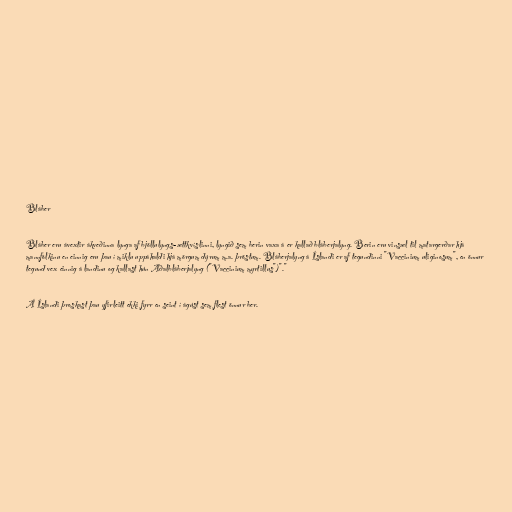
Bláber

Bláber eru ávextir ákveðinna lynga af bjöllulyngs-ættkvíslinni, lyngið sem berin vaxa á er kallað bláberjalyng. Berin eru vinsæl til matargerðar hjá
mannfólkinu en einnig eru þau í miklu uppáhaldi hjá mörgum dýrum m.a. þröstum. Bláberjalyng á Íslandi er af tegundinni "Vaccinium uliginosum", en önnur
tegund vex einnig á landinu og kallast hún Aðalbláberjalyng ("Vaccinium myrtillus")"."

Á Íslandi þroskast þau yfirleitt ekki fyrr en seint í ágúst sem flest önnur ber.